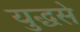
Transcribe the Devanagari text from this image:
युद्धसे